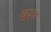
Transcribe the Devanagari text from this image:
खुद्दर